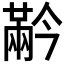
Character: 𰃬